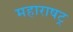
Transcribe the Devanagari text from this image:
महाराषट्र